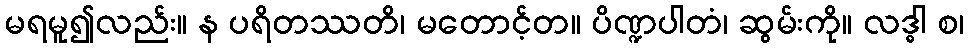
မရမူ၍လည်း။ န ပရိတဿတိ၊ မတောင့်တ။ ပိဏ္ဍပါတံ၊ ဆွမ်းကို။ လဒ္ဓါ စ၊